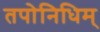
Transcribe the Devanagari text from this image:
तपोनिधिम्